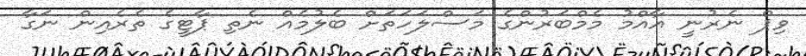
ވިޕް ނެރުނީ އާއްމު މެމްބަރުންގެ މަސްލަހަތަށް ބެލުމެއް ނެތި ޕާޓީގެ ތެރެއިން ނަގާ